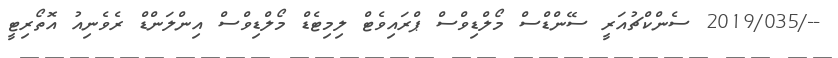
--/2019/035 ސެންކްޗުއަރީ ސޭންޑްސް މޯލްޑިވްސް ޕްރައިވެޓް ލިމިޓެޑް މޯލްޑިވްސް އިންލަންޑް ރެވެނިއު އޮތޯރިޓީ